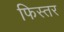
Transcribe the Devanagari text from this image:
फिस्तर